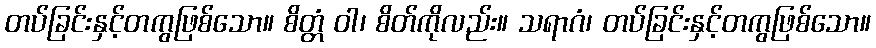
တပ်ခြင်းနှင့်တကွဖြစ်သော။ စိတ္တံ ဝါ၊ စိတ်ကိုလည်း။ သရာဂံ၊ တပ်ခြင်းနှင့်တကွဖြစ်သော။